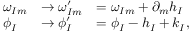
\begin{array} { l l l } { { \omega _ { I m } } } & { { \rightarrow \omega _ { I m } ^ { \prime } } } & { { = \omega _ { I m } + \partial _ { m } h _ { I } } } \\ { { \phi _ { I } } } & { { \rightarrow \phi _ { I } ^ { \prime } } } & { { = \phi _ { I } - h _ { I } + k _ { I } , } } \end{array}